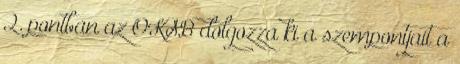
2. pontban az OKSB dolgozza ki a szempontjait a